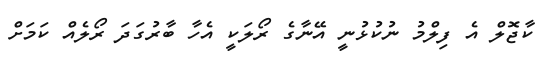
ކާޖޮލް އެ ފިލްމު ނުކުޅުނީ އޭނާގެ ރޯލަކީ އެހާ ބާރުގަދަ ރޯލެއް ކަމަށް